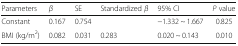
<table><thead><tr><td><b>Parameters</b></td><td><b><i>β</i></b></td><td><b>SE</b></td><td><b>Standardized <i>β</i></b></td><td><b>95% CI</b></td><td><b><i>P</i> value</b></td></tr></thead><tbody><tr><td>Constant</td><td>0.167</td><td>0.754</td><td></td><td>−1.332 ~ 1.667</td><td>0.825</td></tr><tr><td>BMI (kg/m<sup>2</sup>)</td><td>0.082</td><td>0.031</td><td>0.283</td><td>0.020 ~ 0.143</td><td>0.010</td></tr></tbody></table>